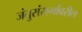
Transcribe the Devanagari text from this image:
जंतुसंसर्गावरील